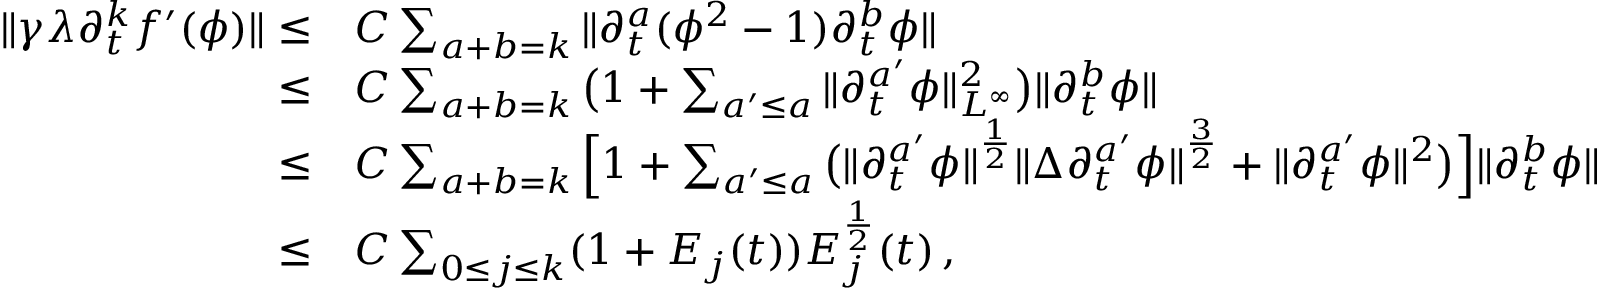
\begin{array} { r l } { \| \gamma \lambda \partial _ { t } ^ { k } f ^ { \prime } ( \phi ) \| \leq } & { C \sum _ { a + b = k } \| \partial _ { t } ^ { a } ( \phi ^ { 2 } - 1 ) \partial _ { t } ^ { b } \phi \| } \\ { \leq } & { C \sum _ { a + b = k } \big ( 1 + \sum _ { a ^ { \prime } \leq a } \| \partial _ { t } ^ { a ^ { \prime } } \phi \| _ { L ^ { \infty } } ^ { 2 } \big ) \| \partial _ { t } ^ { b } \phi \| } \\ { \leq } & { C \sum _ { a + b = k } \Big [ 1 + \sum _ { a ^ { \prime } \leq a } \big ( \| \partial _ { t } ^ { a ^ { \prime } } \phi \| ^ { \frac { 1 } { 2 } } \| \Delta \partial _ { t } ^ { a ^ { \prime } } \phi \| ^ { \frac { 3 } { 2 } } + \| \partial _ { t } ^ { a ^ { \prime } } \phi \| ^ { 2 } \big ) \Big ] \| \partial _ { t } ^ { b } \phi \| } \\ { \leq } & { C \sum _ { 0 \leq j \leq k } ( 1 + E _ { j } ( t ) ) E _ { j } ^ { \frac { 1 } { 2 } } ( t ) \, , } \end{array}